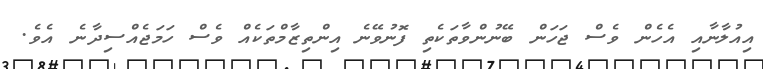
އިއުލާނާއި އެހެން ވެސް ޖަހަން ބޭނުންވާތަކެތި ފޮނުވޭނެ އިންތިޒާމްތަކެއް ވެސް ހަމަޖެއްސިދާނެ އެވެ.